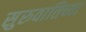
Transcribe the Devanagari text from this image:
सुरुवातिच्या